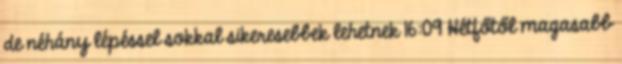
de néhány lépéssel sokkal sikeresebbek lehetnek 16:09 Hétfőtől magasabb